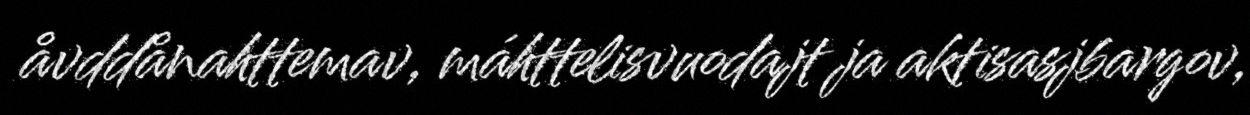
åvddånahttemav, máhttelisvuodajt ja aktisasjbargov,